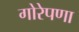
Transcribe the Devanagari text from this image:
गोरेपणा